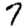
Digit: 7